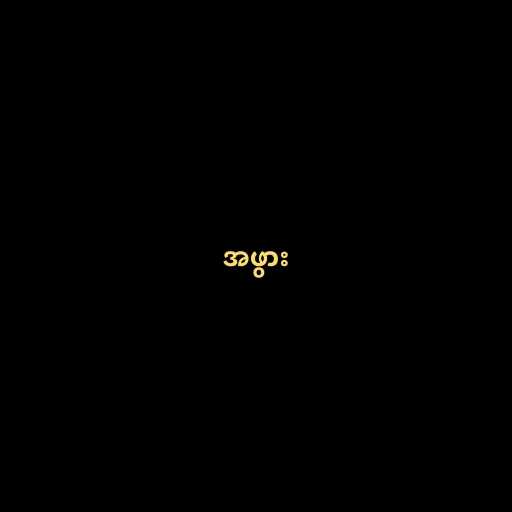
အဖွား